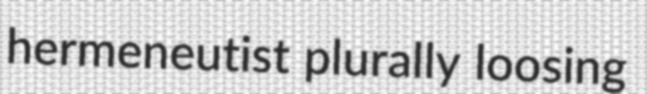
hermeneutist plurally loosing